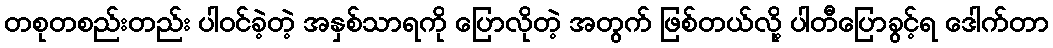
တစုတစည်းတည်း ပါဝင်ခဲ့တဲ့ အနှစ်သာရကို ပြောလိုတဲ့ အတွက် ဖြစ်တယ်လို့ ပါတီပြောခွင့်ရ ဒေါက်တာ